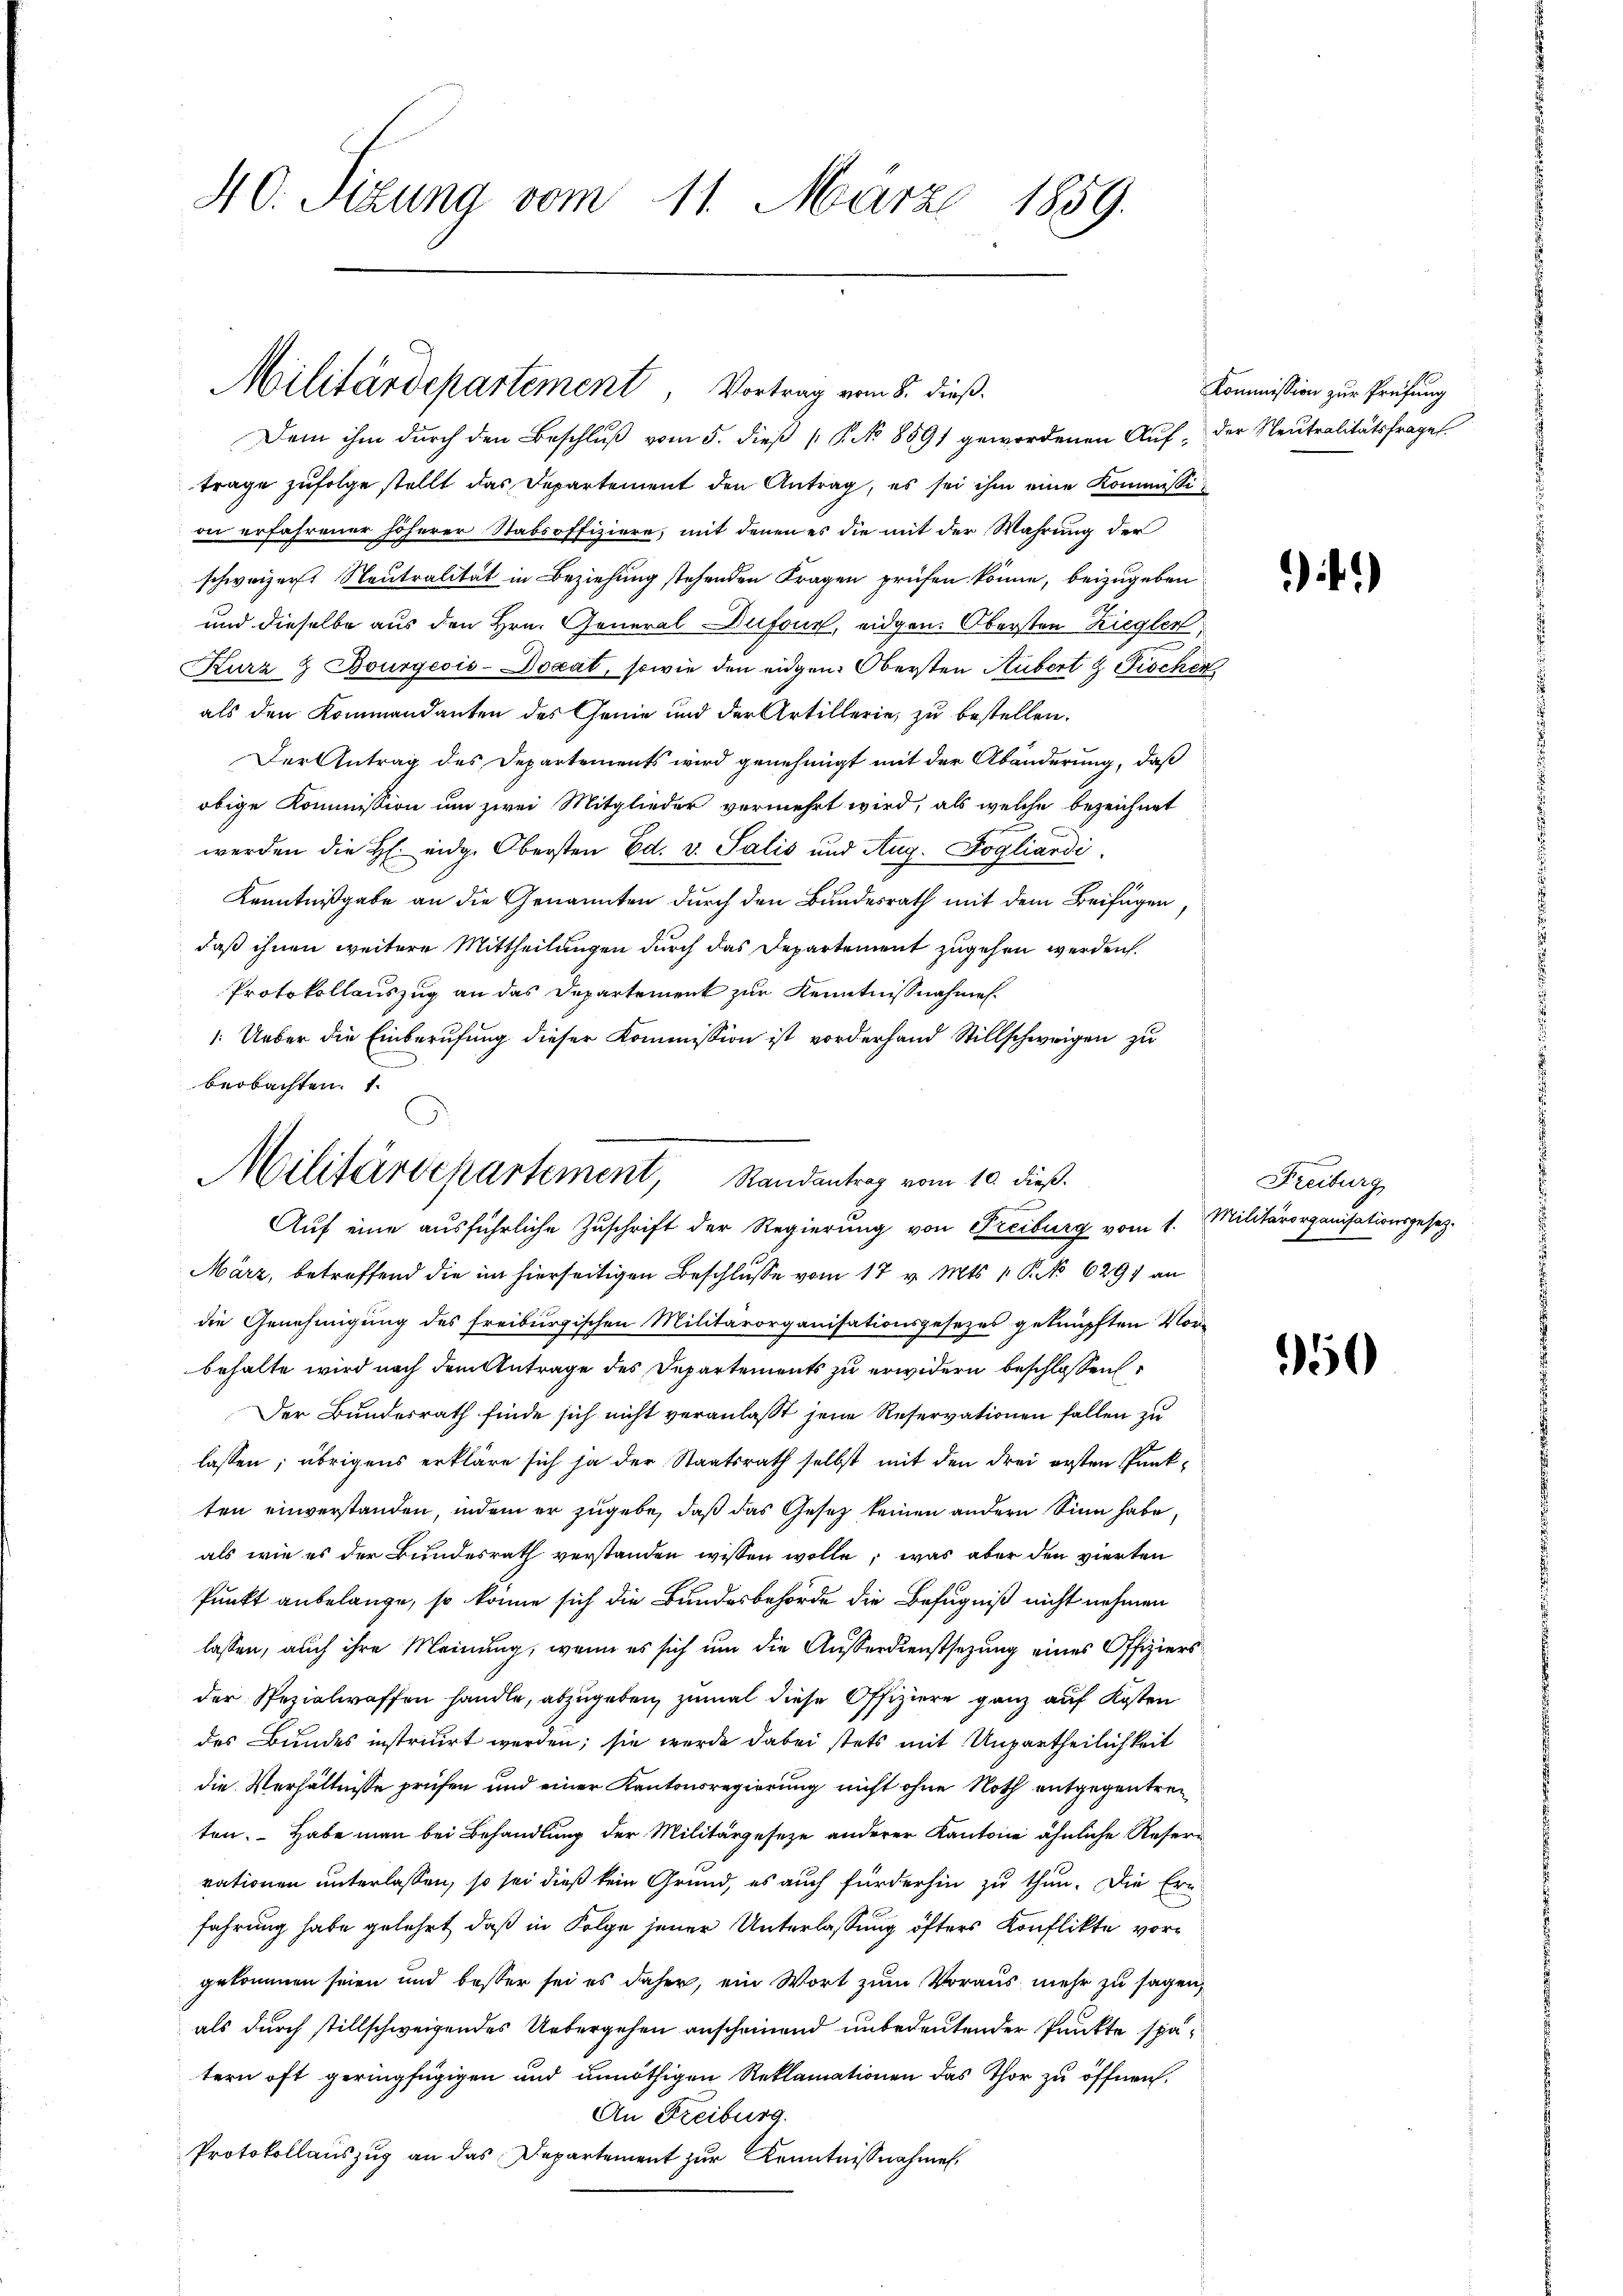
40. Sizung vom 11. März 1859.

Dem ihm durch den Beschluß vom 5. dieß P. No 8891 gewordenen Auf- der Neutralitätsfrages
trage zufolge stellt das Departement den Antrag, es sei ihm eine Kommissi
on erfahrener höherer Stabsoffiziere, mit denen es die mit der Wahrung der
schweizerst Neutralität in Beziehung stehenden Fragen prüfen könne, beizugeben
und dieselbe aus den Hrn. General-Dufour, eidgen. Obersten Ziegler,
Kurz & Bourgeois-Docat, sowie den eidgen: Obersten Hubert & Fischen
als den Kommandanten des Genie und der Artillerie, zu bestellen.
Der Antrag des Departements wird genehmigt mit der Abänderung, daß
obige Kommission um zwei Mitglieder vermehrt wird, als welche bezeichnet
werden die H. eidg. Obersten Ed. v. Salis und Aug. Fogliardi.
Kenntnißgabe an die Genannten durch den Bundesrath mit dem Beifügen,
daß ihnen weitere Mittheilungen durch das Departement zugehen werden.
Protokollauszug an das Departement zur Kenntnißnahmen.
1. Ueber die Einberufung dieser Kommission ist vorderhand Stillschweigen zu
beobachten. 1.

Militärdepartement Vortrag vom 8. dieß.

Militärdepartement, Randantrag vom 10. dieß.
Auf eine ausführliche Zuschrift der Regierung von Freiburg vom 1. Militärorganisationsgesetz-

März, betreffend die im hierseitigen Beschlusse vom 17 v. Mts. 1 P. No 6291 an
die Genehmigung des freiburgischen Militärorganisationsgesezes geknüpften Vor-
behalte wird nach dem Antrage des Departements zu erwidern beschlossen
Der Bundesrath finde sich nicht veranlasst jene Reservationen fallen zu
lassen; übrigens erkläre sich ja der Staatsrath selbst mit den drei ersten Punkten einverstanden, indem er zugebe, daß das Gesetz keinen andern Sinn habe,
als wie es der Bundesrath verstanden wissen wolle; was aber den vierten
Punkt anbelange, so könne sich die Bundesbehörde die Befugniß nicht nehmen
lassen, auch ihre Meinung, wenn es sich um die Ausserdienstsezung eines Offiziersder Spezialraffen handle, abzugeben, zumal diese Offiziere ganz auf Kosten
des Bundes instricirt werden; sie werde dabei stets mit Unpartheilichkeit
die Verhältnisse prüfen und einer Kantonsregierung nicht ohne Noth entgegentreten. Habe man bei Behandlung der Militärgeseze anderer Kantone ähnliche Reservationen unterlassen, so sei dieß kein Grund, es auch fürderhin zu thun. Die Ern
fahrung habe gelehrt, daß in Folge jener Unterlassung öfters Konflikte vorgekommen seien und besser sei es daher, ein Wort zum Voraus mehr zu sagen,
als durch stillschweigendes Uebergehen anscheinend unbedeutender Punkte spätern oft geringfügigen und unnöthigen Reklamationen das Thor zu öffnen.
An Freiburg.
Protokollauszug an das Departement zur Kenntnißnahmen.

Kommission zur Prüfung

).1)

Freiburg

50